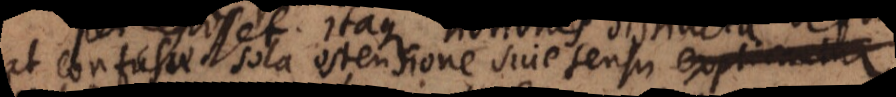
at confusae sola ostensione sive sensu aliis